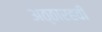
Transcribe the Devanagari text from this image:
अठ्ठारहवी